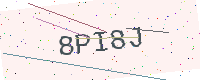
Text: 8PI8J